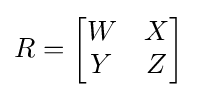
R={\begin{bmatrix}W&X\\Y&Z\end{bmatrix}}